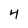
Character: 4